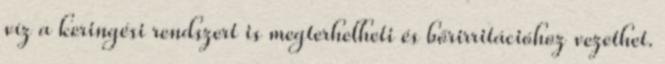
víz a keringési rendszert is megterhelheti és bőrirritációhoz vezethet.